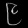
Digit: ၉